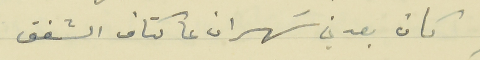
كان بعدني سَهران عا كتاف الشفق